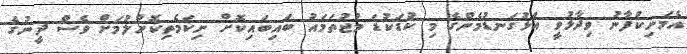
އެމަނިކުފާނު ވިދާޅުވީ އަޅުގަނޑުމެންގެ މި ކުޑަކުޑަ މުޖުތަމައު ބައިބައިކޮށް ނިކަމެތިކޮށްލުމަށް ވެސް ދީނުގެ